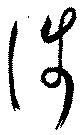
渉